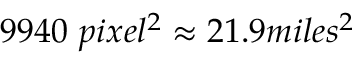
9 9 4 0 ~ p i x e l ^ { 2 } \approx 2 1 . 9 m i l e s ^ { 2 }